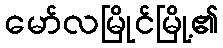
မော်လမြိုင်မြို့၏